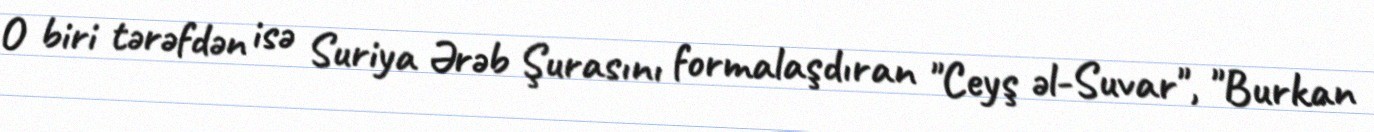
O biri tərəfdən isə Suriya Ərəb Şurasını formalaşdıran "Ceyş əl-Suvar", "Burkan